Civil Veterinary Department Bihar & Orissa reports 1929-36 - 1929-1936
Year: 1929
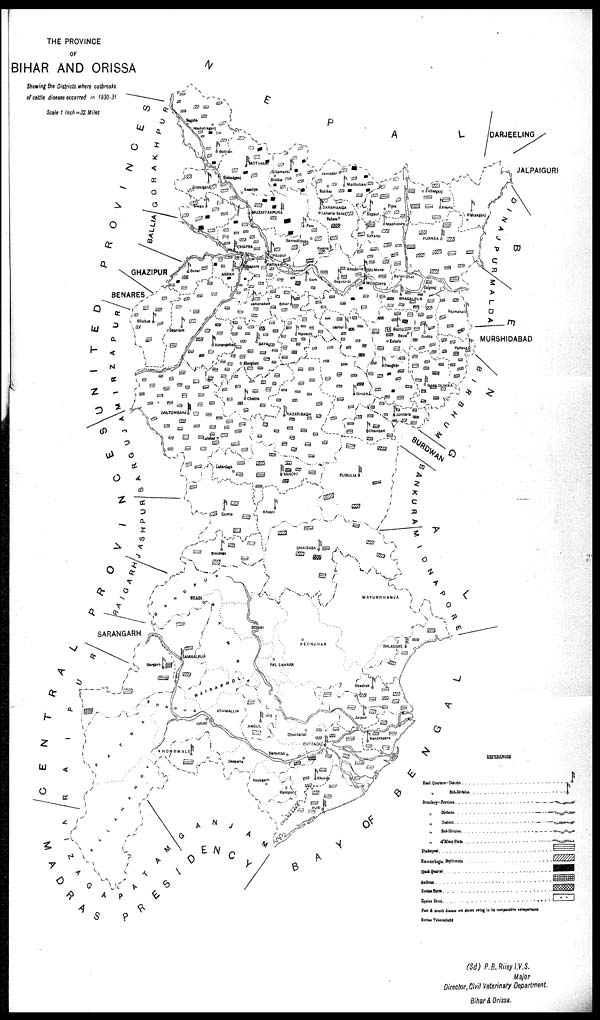
THE PROVINCE
OF
BIHAR AND ORISSA
Showing the Districts where outbreaks
of cattle disease occurred in 1930-31
Scale 1 Inch = 32 Miles
(Sd) P.B.Riiey l.V.S.
Major
Director, Civil Veterinary Department.
Bihar & Orissa.